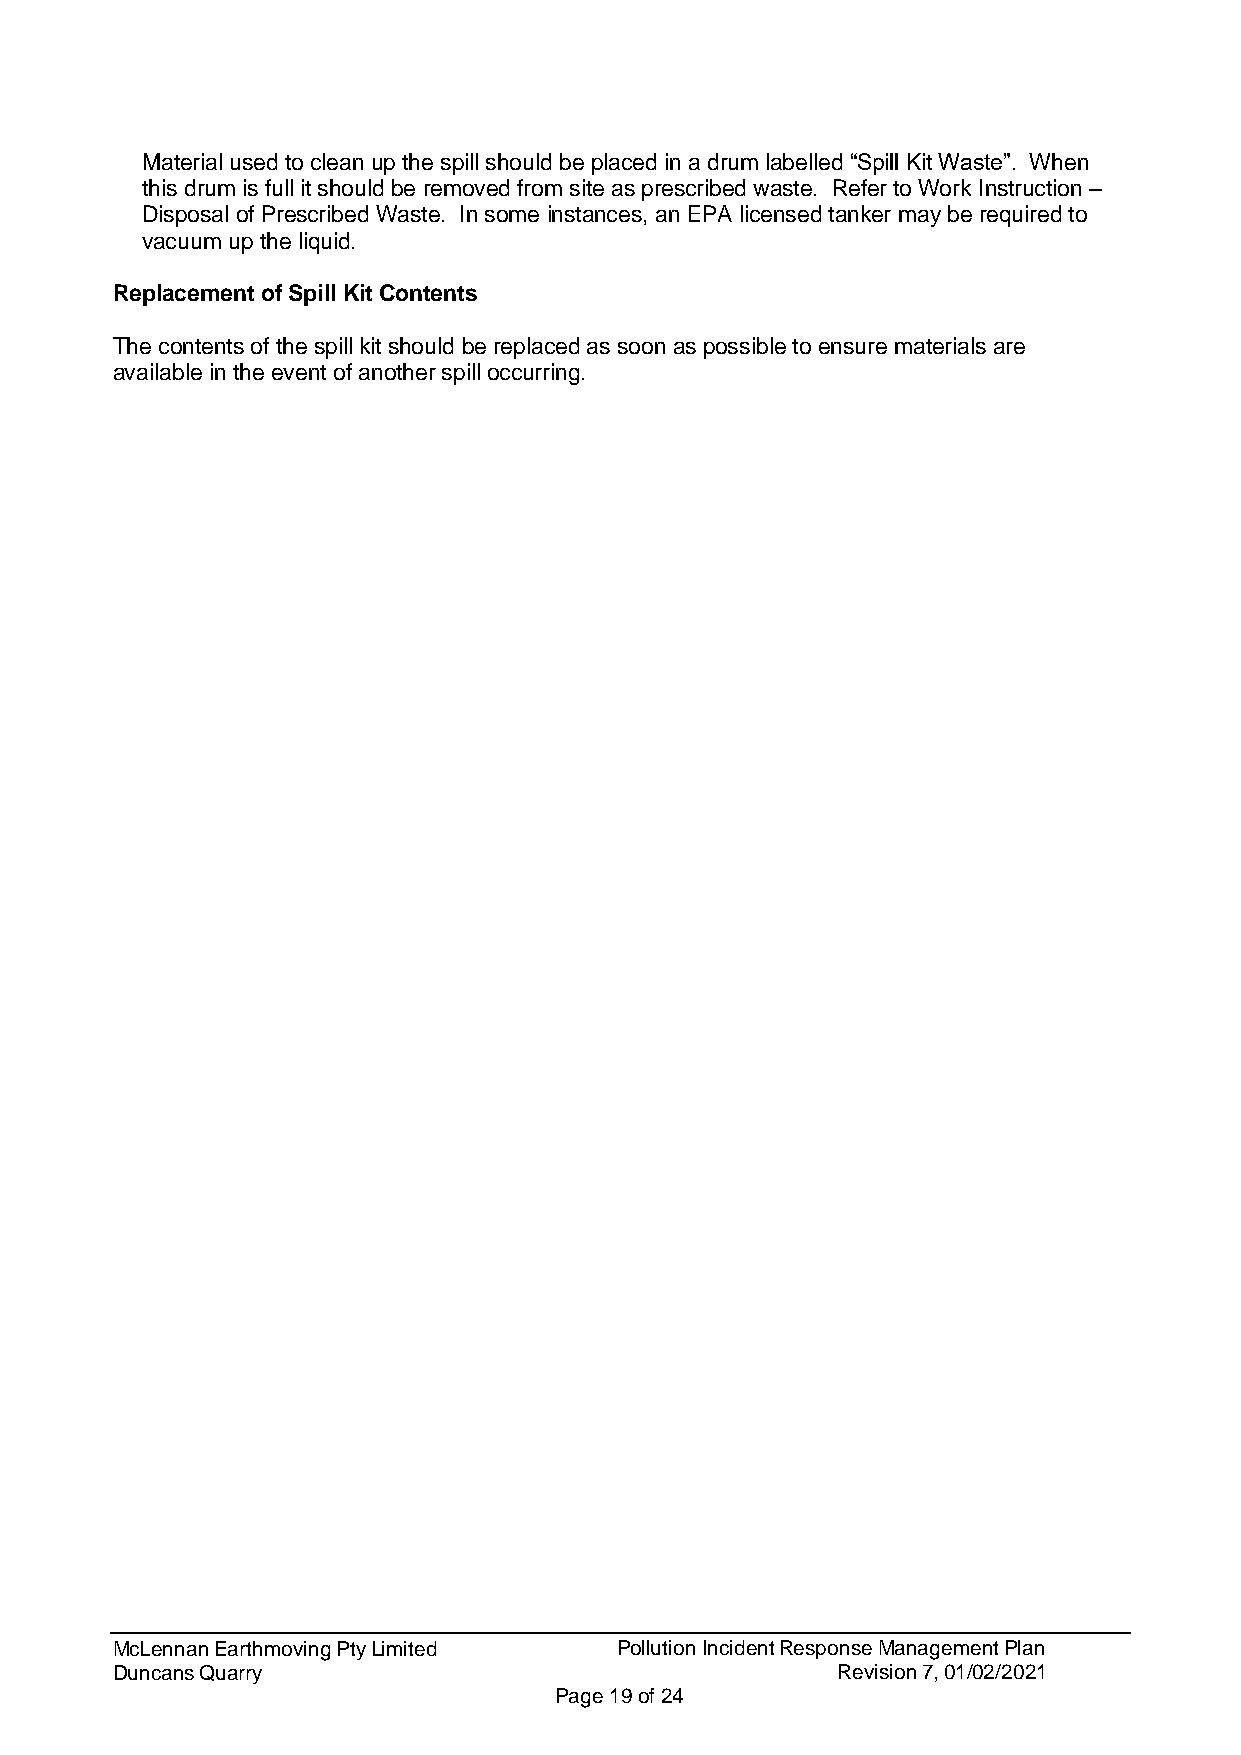
Material used to clean up the spill should be placed in a drum labelled “Spill Kit Waste”. When
 this drum is full it should be removed from site as prescribed waste. Refer to Work Instruction –
 Disposal of Prescribed Waste. In some instances, an EPA licensed tanker may be required to
 vacuum up the liquid.
 Replacement of Spill Kit Contents
 The contents of the spill kit should be replaced as soon as possible to ensure materials are
 available in the event of another spill occurring.
 McLennan Earthmoving Pty Limited  Pollution Incident Response Management Plan
 Duncans Quarry                                  Revision 7, 01/02/2021
 Page 19 of 24